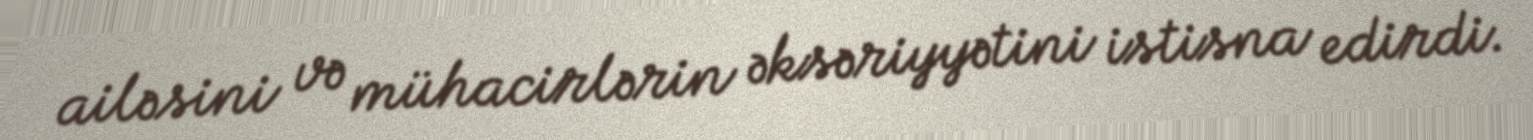
ailəsini və mühacirlərin əksəriyyətini istisna edirdi.